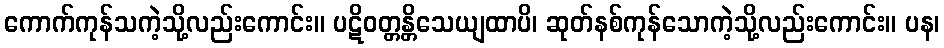
ကောက်ကုန်သကဲ့သို့လည်းကောင်း။ ပဋိဝတ္တန္တိသေယျထာပိ၊ ဆုတ်နစ်ကုန်သောကဲ့သို့လည်းကောင်း။ ပန၊